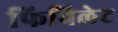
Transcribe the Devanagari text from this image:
फिविलेट